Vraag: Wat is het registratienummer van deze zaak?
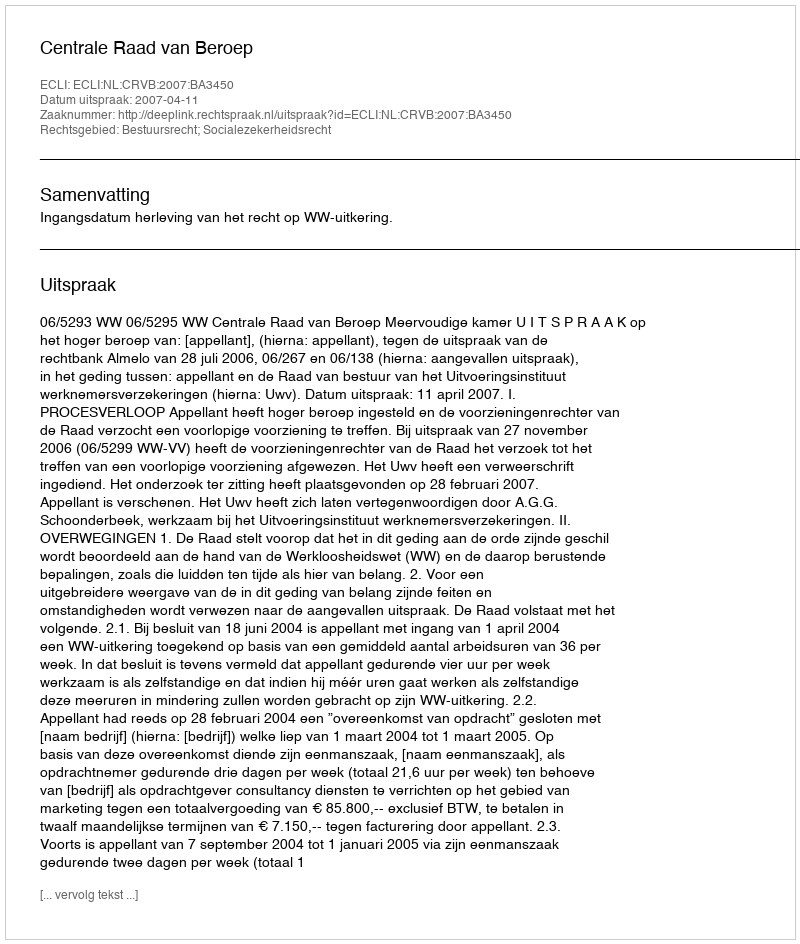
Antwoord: http://deeplink.rechtspraak.nl/uitspraak?id=ECLI:NL:CRVB:2007:BA3450